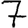
Digit: 7